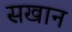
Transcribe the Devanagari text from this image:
सखान